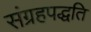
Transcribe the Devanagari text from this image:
संग्रहपद्धति